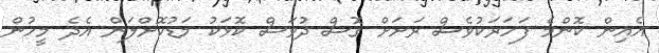
އެއިން ކޮންމެ ފަހަރަކުވެސް ރަށަށް ގޮސް ދުވަސް ކޮޅަކު މަޑުކޮށްލަން އެދެ މީހުން